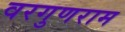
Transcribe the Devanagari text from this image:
वरगुणराम